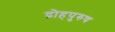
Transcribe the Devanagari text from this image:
द्रोहपुरुष